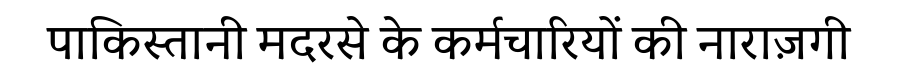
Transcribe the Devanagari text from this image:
पाकिस्तानी मदरसे के कर्मचारियों की नाराज़गी